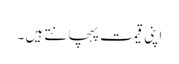
اپنی قیمت پہچانتے ہیں ۔